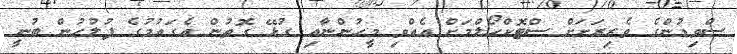
ސްވިޑުންގެ ވެރިރަށަށް ސްޓޮކްހޯލްމަށް އެއްވި މީހުންނާއި ގުޅޭ ގޮތުން އެގައުމުގެ ފުލުހުން ބުނީ